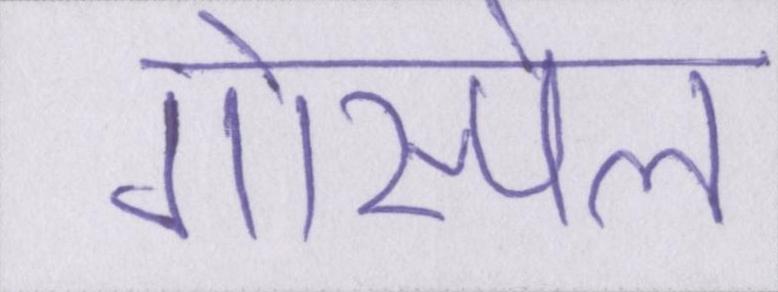
गोस्पेल